Plague in India, 1896, 1897 - Volume 4
Year: 1896
Disease focus: Plague
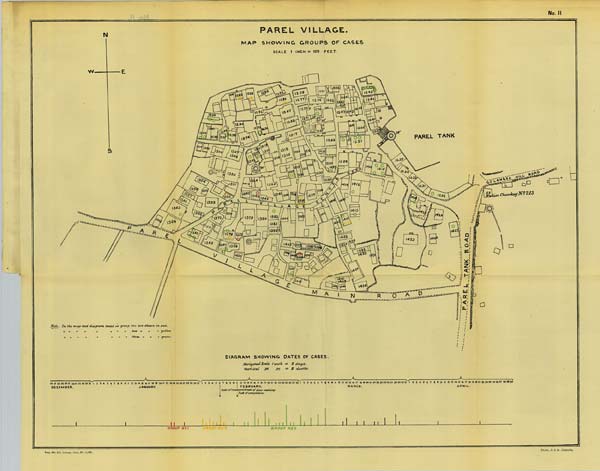
No. 11
PAREL VILLAGE.
MAP SHOWING GROUPS OF CASES
SCALE
1 INCH = 100 FEET.
Reg. No. 594, Home.—Dec. 97.—1,000.
Photo., S. I. O., Calcutta.